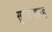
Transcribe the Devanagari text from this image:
सुरजनशाह